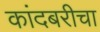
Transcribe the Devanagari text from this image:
कांदबरीचा